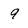
Character: 9